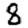
Digit: 8